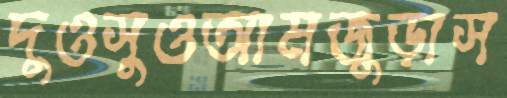
দুওসুওআমজুড়াস